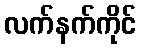
လက်နက်ကိုင်